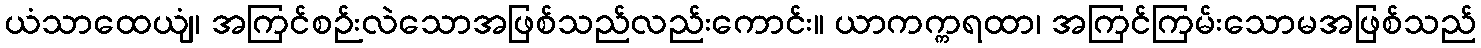
ယံသာထေယျံ၊ အကြင်စဉ်းလဲသောအဖြစ်သည်လည်းကောင်း။ ယာကက္ကရထာ၊ အကြင်ကြမ်းသောမအဖြစ်သည်